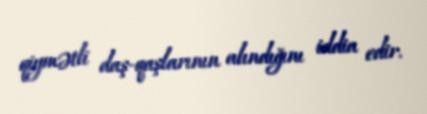
qiymətli daş-qaşlarının alındığını iddia edir.